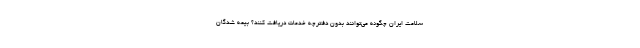
سلامت ایران چگونه می‌توانند بدون دفترچه خدمات دریافت کنند؟ بیمه شدگان